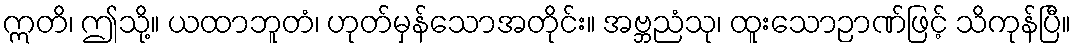
ဣတိ၊ ဤသို့။ ယထာဘူတံ၊ ဟုတ်မှန်သောအတိုင်း။ အဗ္ဘညံသု၊ ထူးသောဉာဏ်ဖြင့် သိကုန်ပြီ။